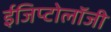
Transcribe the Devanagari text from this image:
ईजिप्टोलॉजी